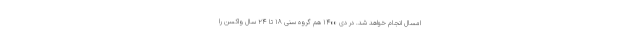
امسال انجام خواهد شد. در دی ۱۴۰۰ هم گروه سنی ۱۸ تا ۲۴ سال واکسن را